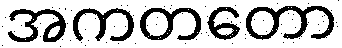
အကတတော